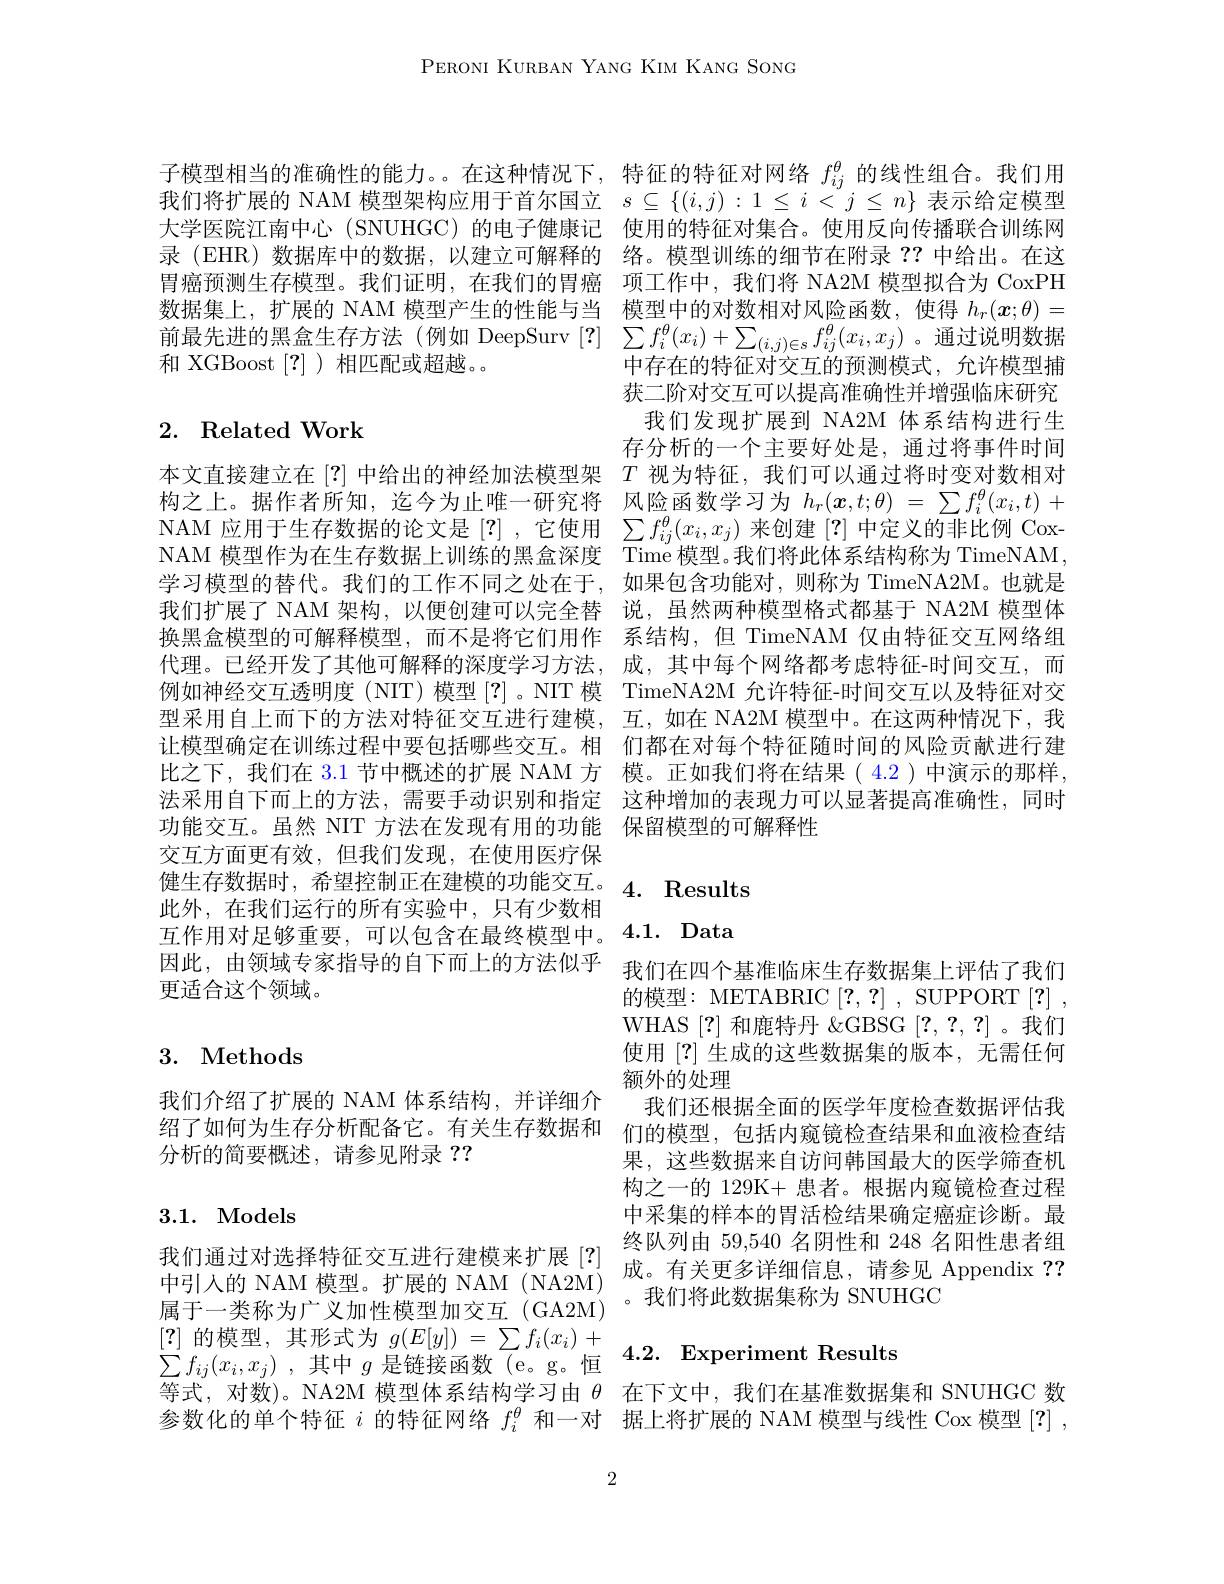
PERONI KURBAN YANG KIM KANG SONG

子模型相当的准确性的能力。。在这种情况下，特征的特征对网络$f_i_j^\theta$的线性组合。我们用我们将扩展的 NAM 模型架构应用于首尔国立$s\subseteq\{(i,j):1\leq i<j\leq n\}$表示给定模型大学医院江南中心 (SNUHGC)的电子健康记 使用的特征对集合。使用反向传播联合训练网录 (EHR) 数据库中的数据，以建立可解释的 络。模型训练的细节在附录？?中给出。在这胃癌预测生存模型。我们证明，在我们的胃癌 项工作中，我们将 NA2M 模型拟合为 CoxPH 数据集上，扩展的 NAM 模型产生的性能与当 模型中的对数相对风险函数，使得$h_r(x;\theta)=$ 前最先进的黑盒生存方法(例如 DeepSurv [?] $\sum f_i^\theta ( x_i) + \sum _{( i, j) \in \mathfrak{s} }f_{ij}^\theta ( x_i, x_j)$ 。通过说明数据和 XGBoost [?] )相匹配或超越。

## 2. Related Work

交互方面更有效，但我们发现，在使用医疗保
$\begin{aligned} & \text{健 生 存 数 据 时 , 希 望 控 制 正 在 建 模 的 功 能 交 互 。}\\ & \text{此 句 女 我 们 三 行 的 所 左 穷 吸 中 口 左 小 断 把 }\end{aligned} 4.$ Results
此外，在我们运行的所有实验中，只有少数相
互作用对足够重要，可以包含在最终模型中。4.1. Data
因此，由领域专家指导的自下而上的方法似乎 我们在四个基准临床生存数据集上评估了我们
更适合这个领域。

## 3. Methods

我们介绍了扩展的 NAM 体系结构，并详细介
绍了如何为生存分析配备它。有关生存数据和 们的模型，包括内窥镜检查结果和血液检查结分析的简严趣述 善会可附录？?
分析的简要概述，请参见附录？?

## 3.1. Models

我们通过对选择特征交互进行建模来扩展[?] 属于一类称为广义加性模型加交互(GA2M) [?]的模型，其形式为$g(E[y])=\sum f_i(x_i)+$ $\sum f_{ij}( x_{i}, x_{j})$ ,其中 $g$ 是链接函数 (e。g。恒等式，对数)。NA2M 模型体系结构学习由$\theta$在下文中，我们在基准数据集和 SNUHGC 数参数化的单个特征$i$的特征网络$f_i^\theta$和一对 据上将扩展的 NAM 模型与线性 Cox 模型[?],

2

中存在的特征对交互的预测模式，允许模型捕获二阶对交互可以提高准确性并增强临床研究我们发现扩展到 NA2M 体系结构进行生存分析的一个主要好处是，通过将事件时间
本文直接建立在[?]中给出的神经加法模型架$T$视为特征，我们可以通过将时变对数相对构之上。据作者所知，迄今为止唯一研究将 风险函数学习为$h_r(x,t;\theta)=\sum f_i^\theta(x_i,t)+$ NAM 应用于生存数据的论文是[?] ,它使用$\sum f_{ij}^\theta(x_i,x_j)$来创建[?]中定义的非比例 CoxNAM 模型作为在生存数据上训练的黑盒深度 Time 模型。我们将此体系结构称为 TimeNAM, 学习模型的替代。我们的工作不同之处在于，如果包含功能对，则称为 TimeNA2M。也就是我们扩展了 NAM 架构，以便创建可以完全替 说，虽然两种模型格式都基于 NA2M 模型体换黑盒模型的可解释模型，而不是将它们用作 系结构，但 TimeNAM 仅由特征交互网络组代理。已经开发了其他可解释的深度学习方法，成，其中每个网络都考虑特征-时间交互，而例如神经交互透明度 (NIT) 模型[?] 。NIT 模 TimeNA2M 允许特征-时间交互以及特征对交型采用自上而下的方法对特征交互进行建模，互，如在 NA2M 模型中。在这两种情况下，我让模型确定在训练过程中要包括哪些交互。相 们都在对每个特征随时间的风险贡献进行建比之下，我们在 3.1 节中概述的扩展 NAM 方 模。正如我们将在结果( 4.2)中演示的那样， 法采用自下而上的方法，需要手动识别和指定 这种增加的表现力可以显著提高准确性，同时功能交互。虽然 NIT 方法在发现有用的功能 保留模型的可解释性

的模型：METABRIC $[?,?]~,~$SUPPORT $[?]~$, WHAS [?]和鹿特丹$\&$GBSG [?,?,?] 。我们使用[?]生成的这些数据集的版本，无需任何额外的处理
我们还根据全面的医学年度检查数据评估我果，这些数据来自访问韩国最大的医学筛查机构之一的 129K+ 患者。根据内窥镜检查过程中采集的样本的胃活检结果确定癌症诊断。最终队列由 59,540 名阴性和 248 名阳性患者组
中引入的 NAM 模型。扩展的 NAM (NA2M) 成。有关更多详细信息，请参见 Appendix ??
。我们将此数据集称为 SNUHGC

### 4.2. Experiment Results